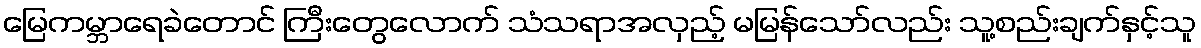
မြေကမ္ဘာရေခဲတောင် ကြီးတွေလောက် သံသရာအလှည့် မမြန်သော်လည်း သူ့စည်းချက်နှင့်သူ